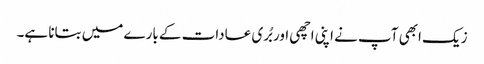
زیک ابھی آپ نے اپنی اچھی اور بُری عادات کے بارے میں بتانا ہے۔